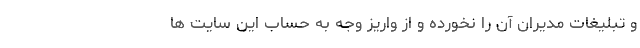
و تبلیغات مدیران آن را نخورده و از واریز وجه به حساب این سایت ها